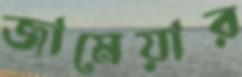
জামেয়ার